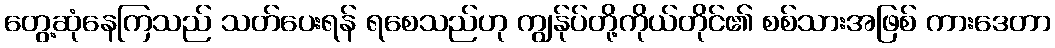
တွေ့ဆုံနေကြသည် သတ်ပေးရန် ရစေသည်ဟု ကျွန်ုပ်တို့ကိုယ်တိုင်၏ စစ်သားအဖြစ် ကားဒေတာ